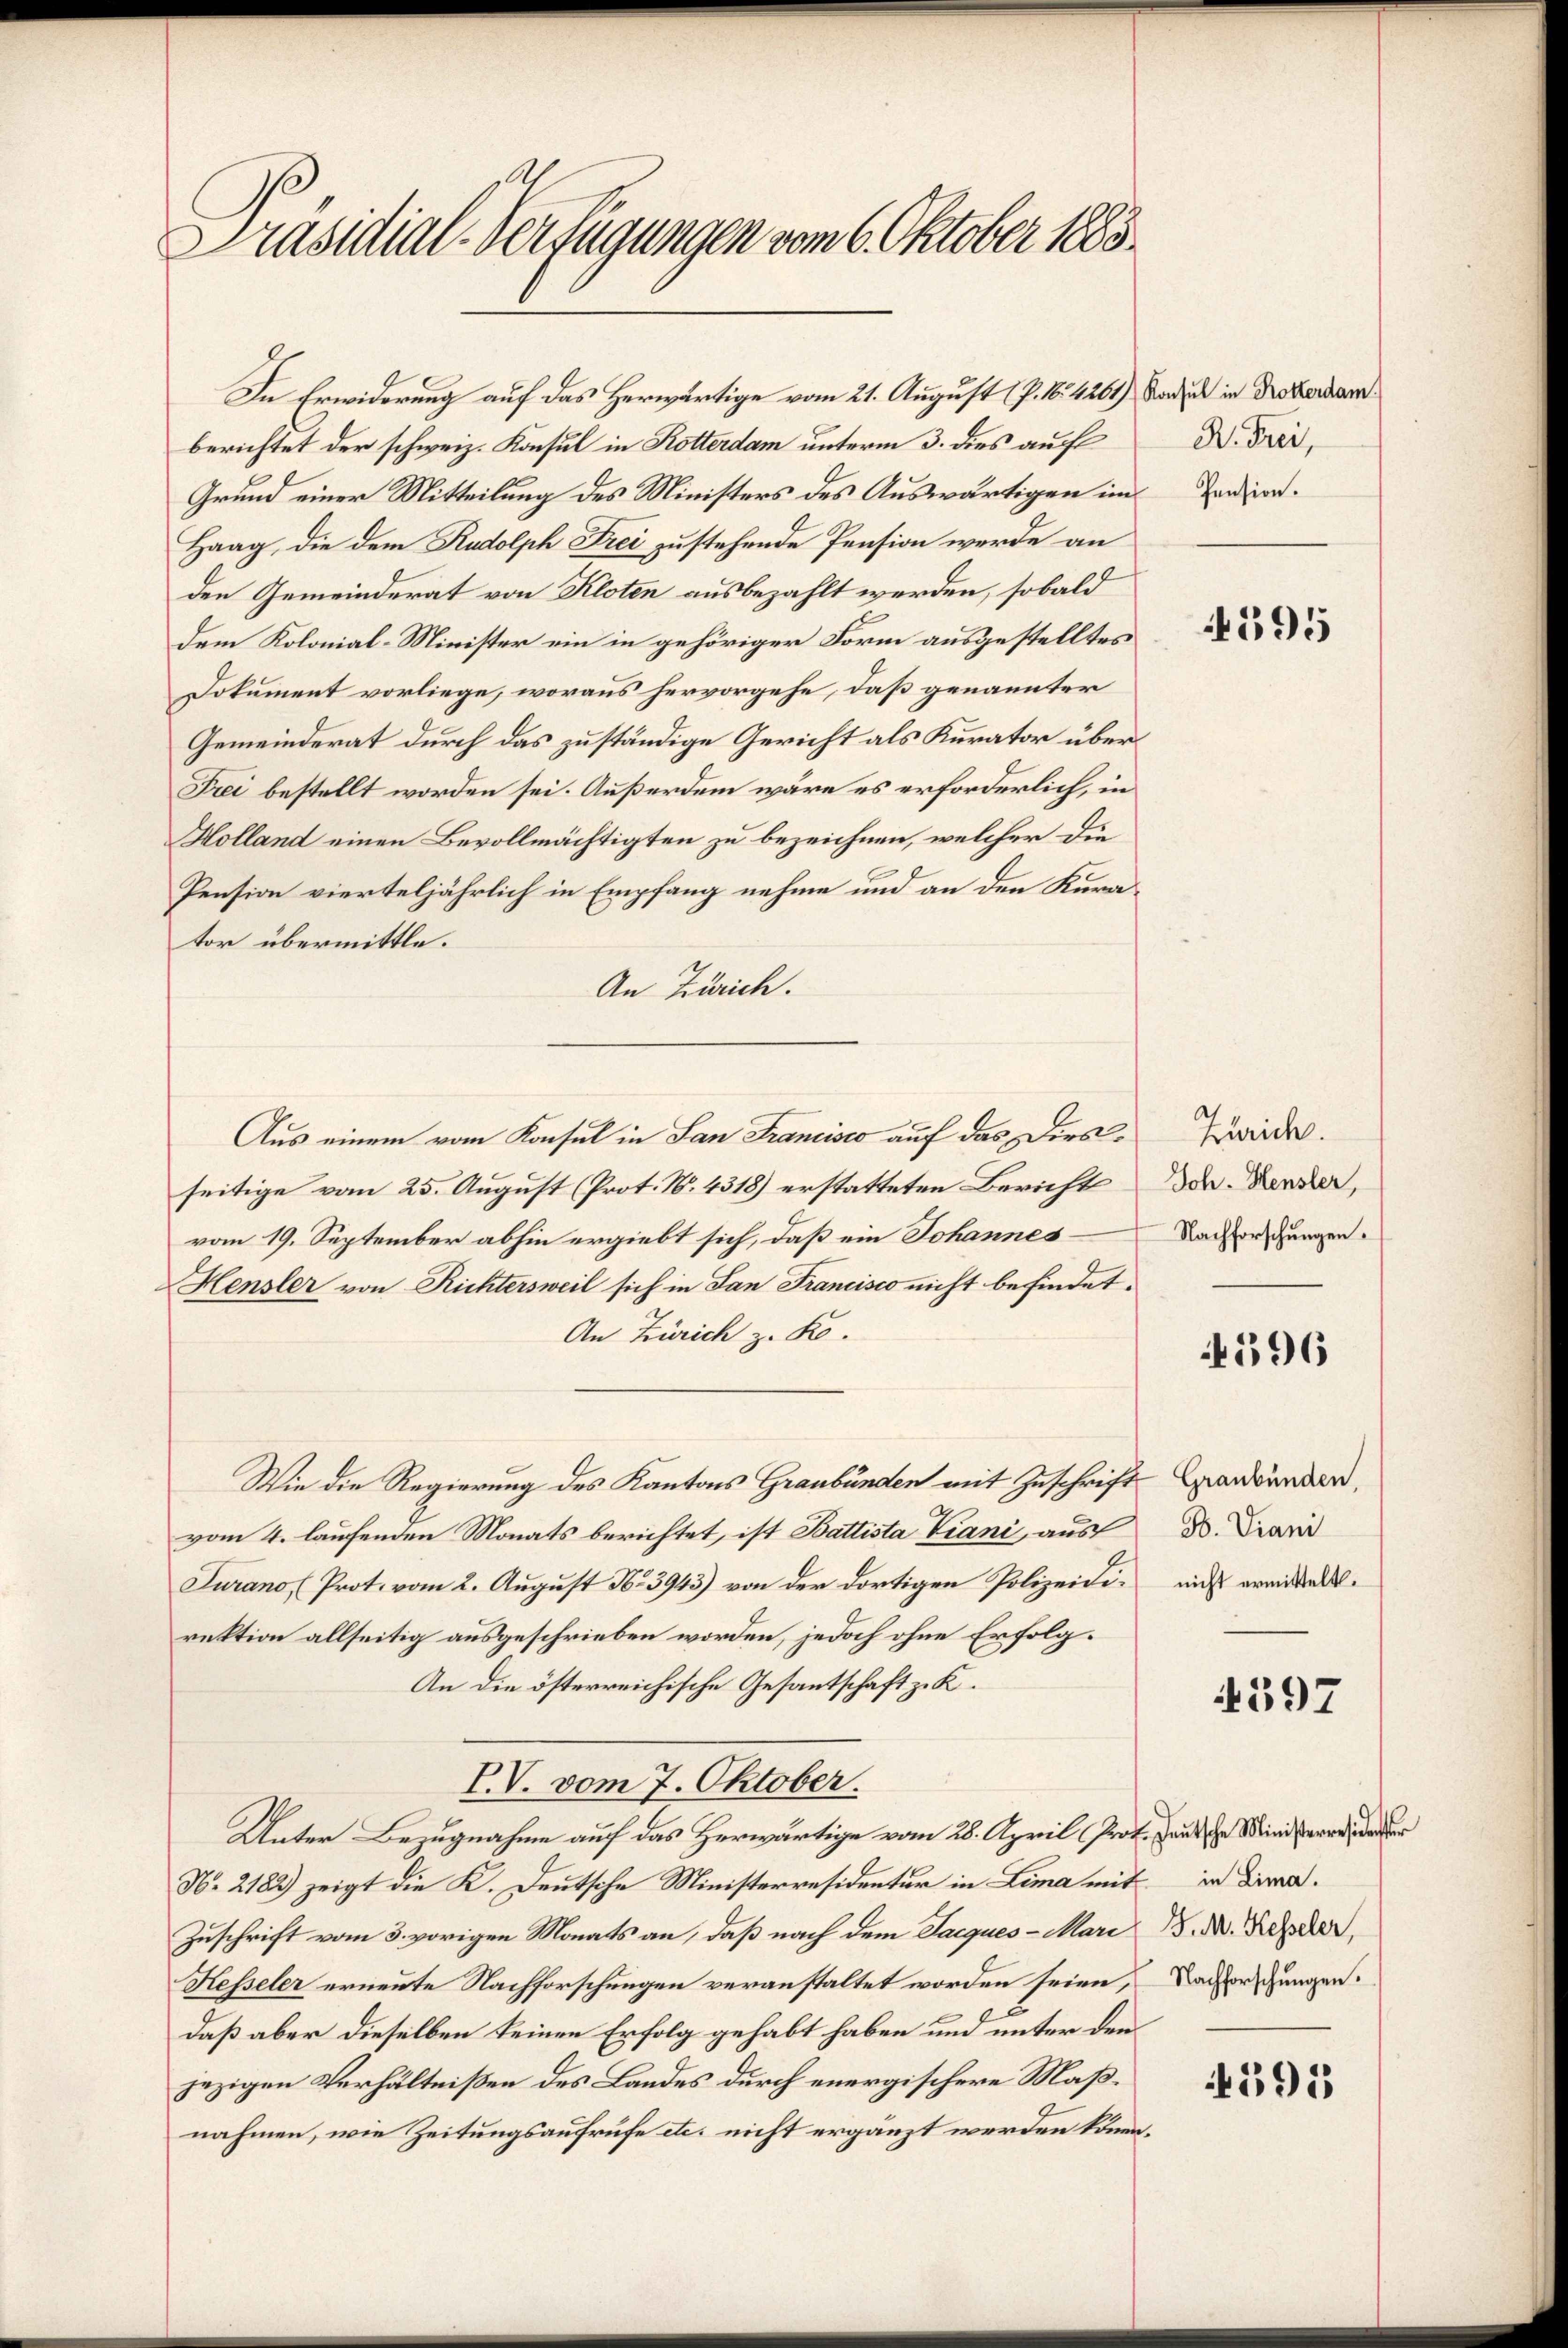
Präsidial-Verfügungen vom 6. Oktober 1885.

In Erwiderung auf das Herwärtige vom 21. August (P. Nr. 4261)
berichtet der schweiz. Konsul in Rotterdam unterm 3. dies auf
Grund einer Mitteilung des Ministers des Auswärtigen im Zension.
Haag, die dem Rudolph Frei zustehende Pension werde an
den Gemeinderat von Kloten ausbezahlt werden, sobald
dem Kolonial-Minister ein in gehöriger Form ausgestelltes
Dokument vorliege, woraus hervorgehe, daß genannter
Gemeinderat durch das zuständige Gericht als Kurator über¬
Frei bestellt worden sei. Außerdem wäre es erforderlich, in
Holland einen Bevollmächtigten zu bezeichnen, welcher die
Pension vierteljährlich in Empfang nehme und an den Kurator übermittle.
An Zürich.
Aus einem vom Konsul in San Francisco auf das Dirsseitige vom 25. August (Prot. N. 4318) erstatteten Bericht
vom 19. September abhin ergiebt sich, daß ein Johannes¬
Hensler von Richtersweil sich in San Francisco nicht befindet.
An Zürich z. K.
Wie die Regierung des Kantons Graubünden mit Zuschrift Grandwunden,
vom 4. laufenden Monats berichtet, ist Battista Viani, aus
Turano (Prot. vom 2. August No 3943) von der dortigen Polizeidi- aus ermittelrektion allseitig ausgeschrieben worden, jedoch ohne Erfolg¬
An die österreichische Gesantschaft z. K.
V.V. vom 7. Oktober.
Unter Bezugnahme auf das Herwärtige vom 28. April Prof. Gautsche Ministerre, den der
N. 2182) zeigt die K. Deutsche Ministerresidenter in Lima mit in Dira¬
Zuschrift vom 3. vorigen Monats an, daß nach dem Jacques-Mari
Kesseler erneute Nachforschungen veranstaltet worden seien,
daß aber dieselben keinen Erfolg gehabt haben und unter den
jezigen Verhältnißen des Landes durch energischere Maßnahmen, wie Zeitungsaufrufe etc. nicht ergänzt werden können,

Konsul in Rotterdam.
B. Frei,

595

Zürich.
Joh. Hensler,
Nachforschungen.

4596

B. Viani

397

J. M. Kesseler,
Nachforschungen.

4595